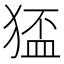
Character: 𤠅